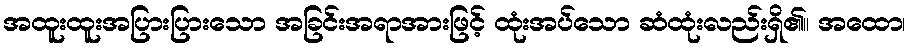
အထူးထူးအပြားပြားသော အခြင်းအရာအားဖြင့် ထုံးအပ်သော ဆံထုံးလည်းရှိ၏။ အထော၊